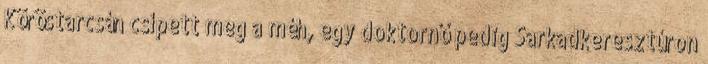
Köröstarcsán csípett meg a méh, egy doktornő pedig Sarkadkeresztúron